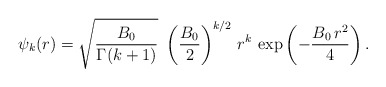
\begin{align*} \psi_k(r) = \sqrt{\frac{B_0}{\Gamma(k+1)}}\ \left(\frac{B_0}{2}\right)^{k/2}\, r^k\, \exp \left( -\frac{B_0\, r^2}{4}\right).\end{align*}